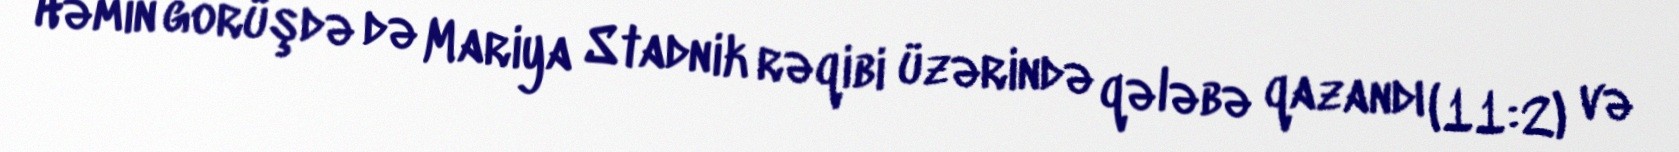
Həmin görüşdə də Mariya Stadnik rəqibi üzərində qələbə qazandı (11:2) və